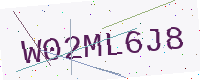
Text: W02ML6J8